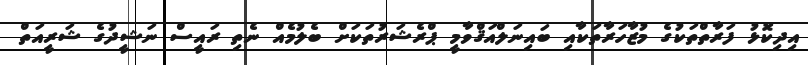
އިދިކޮޅު ފަރާތްތަކުގެ މުޒާހަރާތަކާއި ބައިނަލްއަޤްވާމީ ޕްރެޝަރުތަކަށް ބެލުމެއް ނެތި ރައީސް ނަޝީދުގެ ޝަރީއަތް